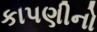
કાપણીનો